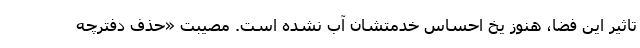
تاثیر این فضا، هنوز یخ احساس خدمتشان آب نشده است. مصیبتِ «حذف دفترچه